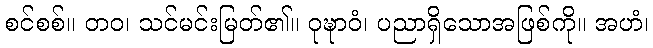
စင်စစ်။ တဝ၊ သင်မင်းမြတ်၏။ ဝုဍ္ဎာဝံ၊ ပညာရှိသောအဖြစ်ကို။ အဟံ၊